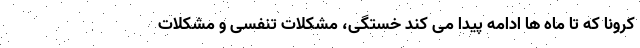
کرونا که تا ماه ها ادامه پیدا می کند خستگی، مشکلات تنفسی و مشکلات